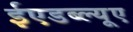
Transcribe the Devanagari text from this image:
ईएडब्ल्यूए